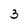
Character: 3